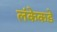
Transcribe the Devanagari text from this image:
लंकेकडे